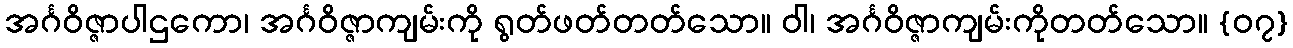
အင်္ဂဝိဇ္ဇာပါဌကော၊ အင်္ဂဝိဇ္ဇာကျမ်းကို ရွတ်ဖတ်တတ်သော။ ဝါ၊ အင်္ဂဝိဇ္ဇာကျမ်းကိုတတ်သော။ {၀၇}